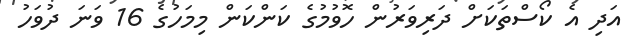
އަދި އެ ކޯސްތަކަށް ދަރިވަރުން ހޮވުމުގެ ކަންކަން މިމަހުގެ 16 ވަނަ ދުވަހު